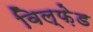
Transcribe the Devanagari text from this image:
विल्फ़ेड